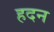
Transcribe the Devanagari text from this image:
हदन